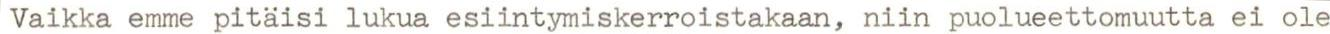
Vaikka emme pitäisi lukua esiintymiskerroistakaan, niin puolueettomuutta ei ole